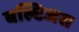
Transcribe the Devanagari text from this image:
बल्टिजस